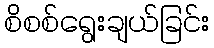
စိစစ်ရွေးချယ်ခြင်း